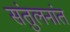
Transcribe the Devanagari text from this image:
संतुलनांत